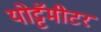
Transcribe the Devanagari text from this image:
योट्टॅमीटर